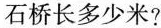
石桥长多少米?